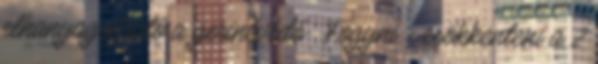
elhanyagolható a gerincvédő . Fogyni - csökkenteni a 2